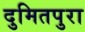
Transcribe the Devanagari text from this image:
दुमितपुरा